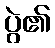
ပွဲ၏